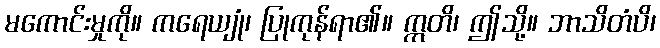
မကောင်းမှုကို။ ကရေယျုံ၊ ပြုကုန်ရာ၏။ ဣတိ၊ ဤသို့။ ဘာသိတံပိ၊